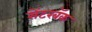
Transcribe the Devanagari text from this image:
सेंटरबॅक